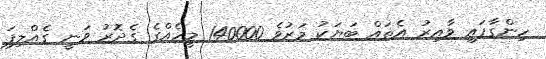
ހިންގާފައި ވާއިރު އެތައް ބަޔަކު މަރުވެ 140000 މީހެއްގެ ގެދޮރު ވަނީ ގެއްލިފަ